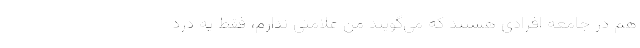
هم در جامعه افرادی هستند که می‌گویند من علامتی ندارم، فقط یه درد